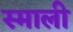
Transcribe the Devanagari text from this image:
स्माली